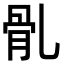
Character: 䯆